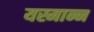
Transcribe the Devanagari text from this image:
यस्मान्न